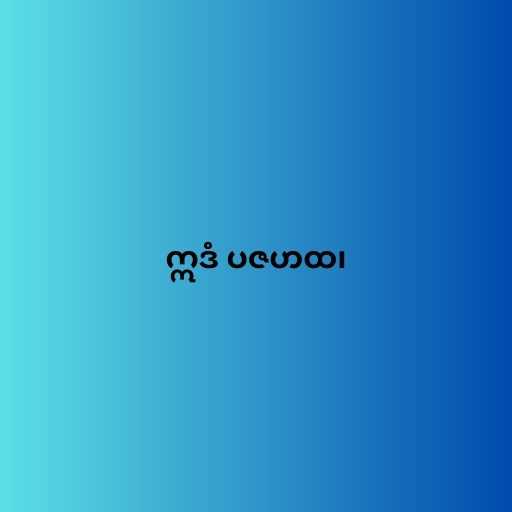
ဣဒံ ပဇဟထ၊